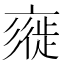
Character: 𢒲